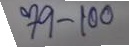
79 - 100